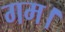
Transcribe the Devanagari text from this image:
गम।